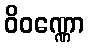
ဝိဝဏ္ဏော